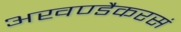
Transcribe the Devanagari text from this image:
अखण्डैकरसं